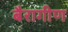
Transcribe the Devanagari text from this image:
बैरागीण